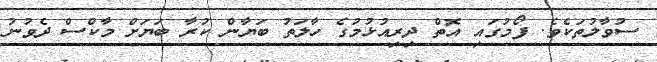
ސުވާލުތަކެވެ. ފޯމުގައި އޮތް ދިރިއުޅުމުގެ ހާލަތު ބަޔާން ކުރާ ބަޔަށް މާކްސް ދެވުނު